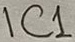
Text: IC1